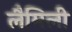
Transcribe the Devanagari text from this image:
लैमिली